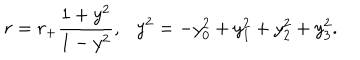
r = r _ { + } \frac { 1 + y ^ { 2 } } { 1 - y ^ { 2 } } , \ \ \ y ^ { 2 } = - y _ { 0 } ^ { 2 } + y _ { 1 } ^ { 2 } + y _ { 2 } ^ { 2 } + y _ { 3 } ^ { 2 } .